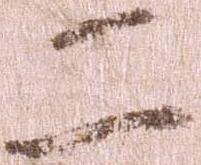
二